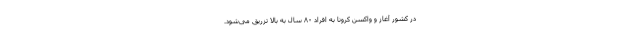
در کشور آغاز و واکسن کرونا به افراد ۸۰ سال به بالا تزریق می‌شود.